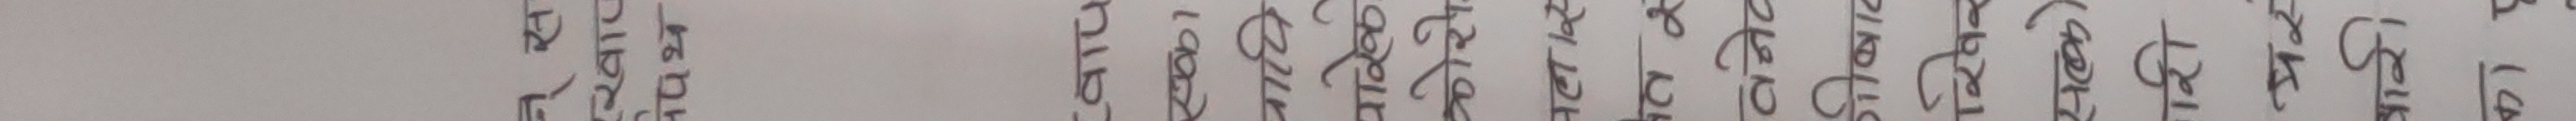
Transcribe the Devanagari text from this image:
न्स
खार
नपथ
वाप
एका
पापि
परिक
कोरो
मला स
तर
वनेव
गीबाट
खिर
सल्को
शि
वारी